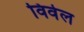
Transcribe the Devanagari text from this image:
विवेल